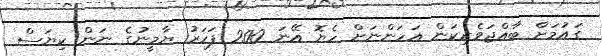
ގައުމަށް ބާއްޖަވެރިކަން އަހަންނަށް ހެޔޮ އޭނަ 200 ފަހަރު ޔާމީނުގެ ނަން ކިޔަސް